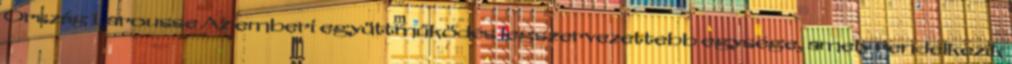
Ország Larousse Az emberi együttműködés legszervezettebb egysége, amely rendelkezik